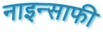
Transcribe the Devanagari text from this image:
नाइन्साफी